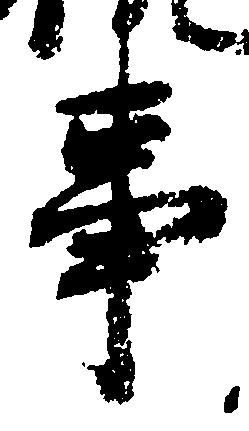
事